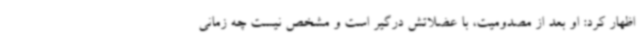
اظهار کرد: او بعد از مصدومیت، با عضلاتش درگیر است و مشخص نیست چه زمانی